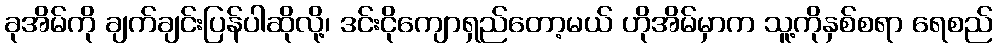
ခုအိမ်ကို ချက်ချင်းပြန်ပါဆိုလို့၊ ဒင်းငိုကျောရှည်တော့မယ် ဟိုအိမ်မှာက သူ့ကိုနှစ်စရာ ရေစည်